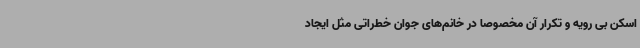
اسکن بی رویه و تکرار آن مخصوصاً در خانم‌های جوان خطراتی مثل ایجاد